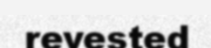
revested